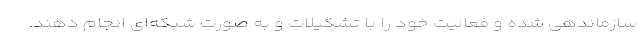
سازماندهی شده و فعالیت خود را با تشکیلات و به صورت شبکه‌ای انجام دهند.